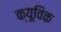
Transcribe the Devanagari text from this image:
क्यूविक